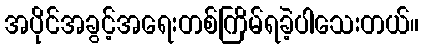
အပိုင်အခွင့်အရေးတစ်ကြိမ်ရခဲ့ပါသေးတယ်။